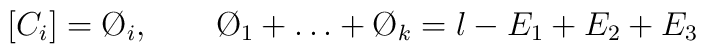
[C_i] = \O_i, \qquad \O_1 + \dots + \O_k = l - E_1 + E_2 + E_3